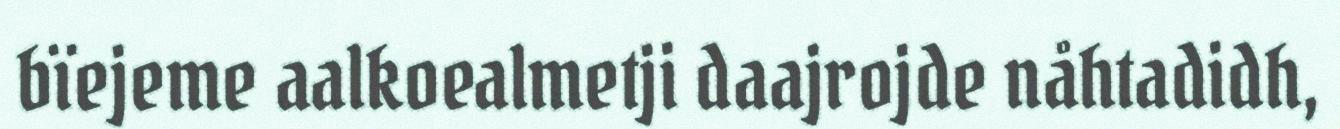
bïejeme aalkoealmetji daajrojde nåhtadidh,